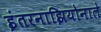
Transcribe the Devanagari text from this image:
इंतरनाझियोनाले